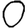
Digit: 0